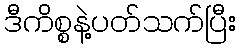
ဒီကိစ္စနဲ့ပတ်သက်ပြီး